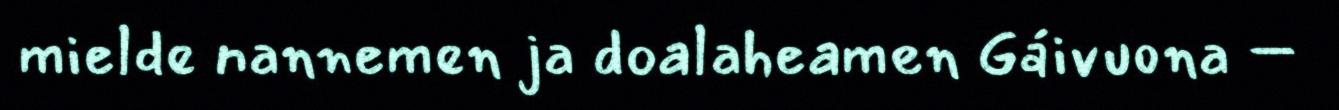
mielde nannemen ja doalaheamen Gáivuona –